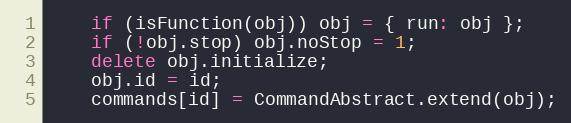
Language: JavaScript
    if (isFunction(obj)) obj = { run: obj };
    if (!obj.stop) obj.noStop = 1;
    delete obj.initialize;
    obj.id = id;
    commands[id] = CommandAbstract.extend(obj);